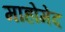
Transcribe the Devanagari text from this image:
माहोमेद